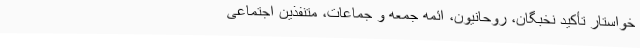
خواستار تأکید نخبگان، روحانیون، ائمه جمعه و جماعات، متنفذین اجتماعی